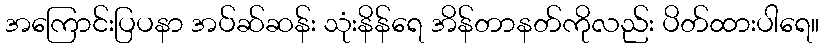
အကြောင်းပြပနာ အပ်ဆ်ဆန်း သုံးနိန်ရေ အိန်တာနတ်ကိုလည်း ပိတ်ထားပါရေ။